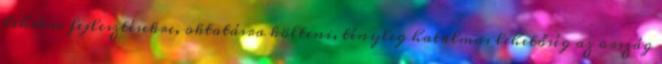
lehetne fejlesztésekre, oktatásra költeni, tényleg hatalmas lehetőség az ország